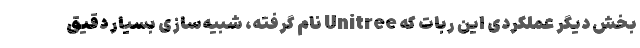
بخش دیگر عملکردی این ربات که Unitree نام گرفته‌، شبیه‌سازی بسیار دقیق